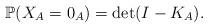
LaTeX: \begin{align*}\mathbb{P}( X_A = 0_A) = \det(I - K_A).\end{align*}